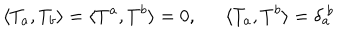
LaTeX: \langle T _ { a } , T _ { b } \rangle = \langle T ^ { a } , T ^ { b } \rangle = 0 , \langle T _ { a } , T ^ { b } \rangle = \delta _ { a } ^ { ~ b }